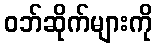
ဝဘ်ဆိုက်များကို